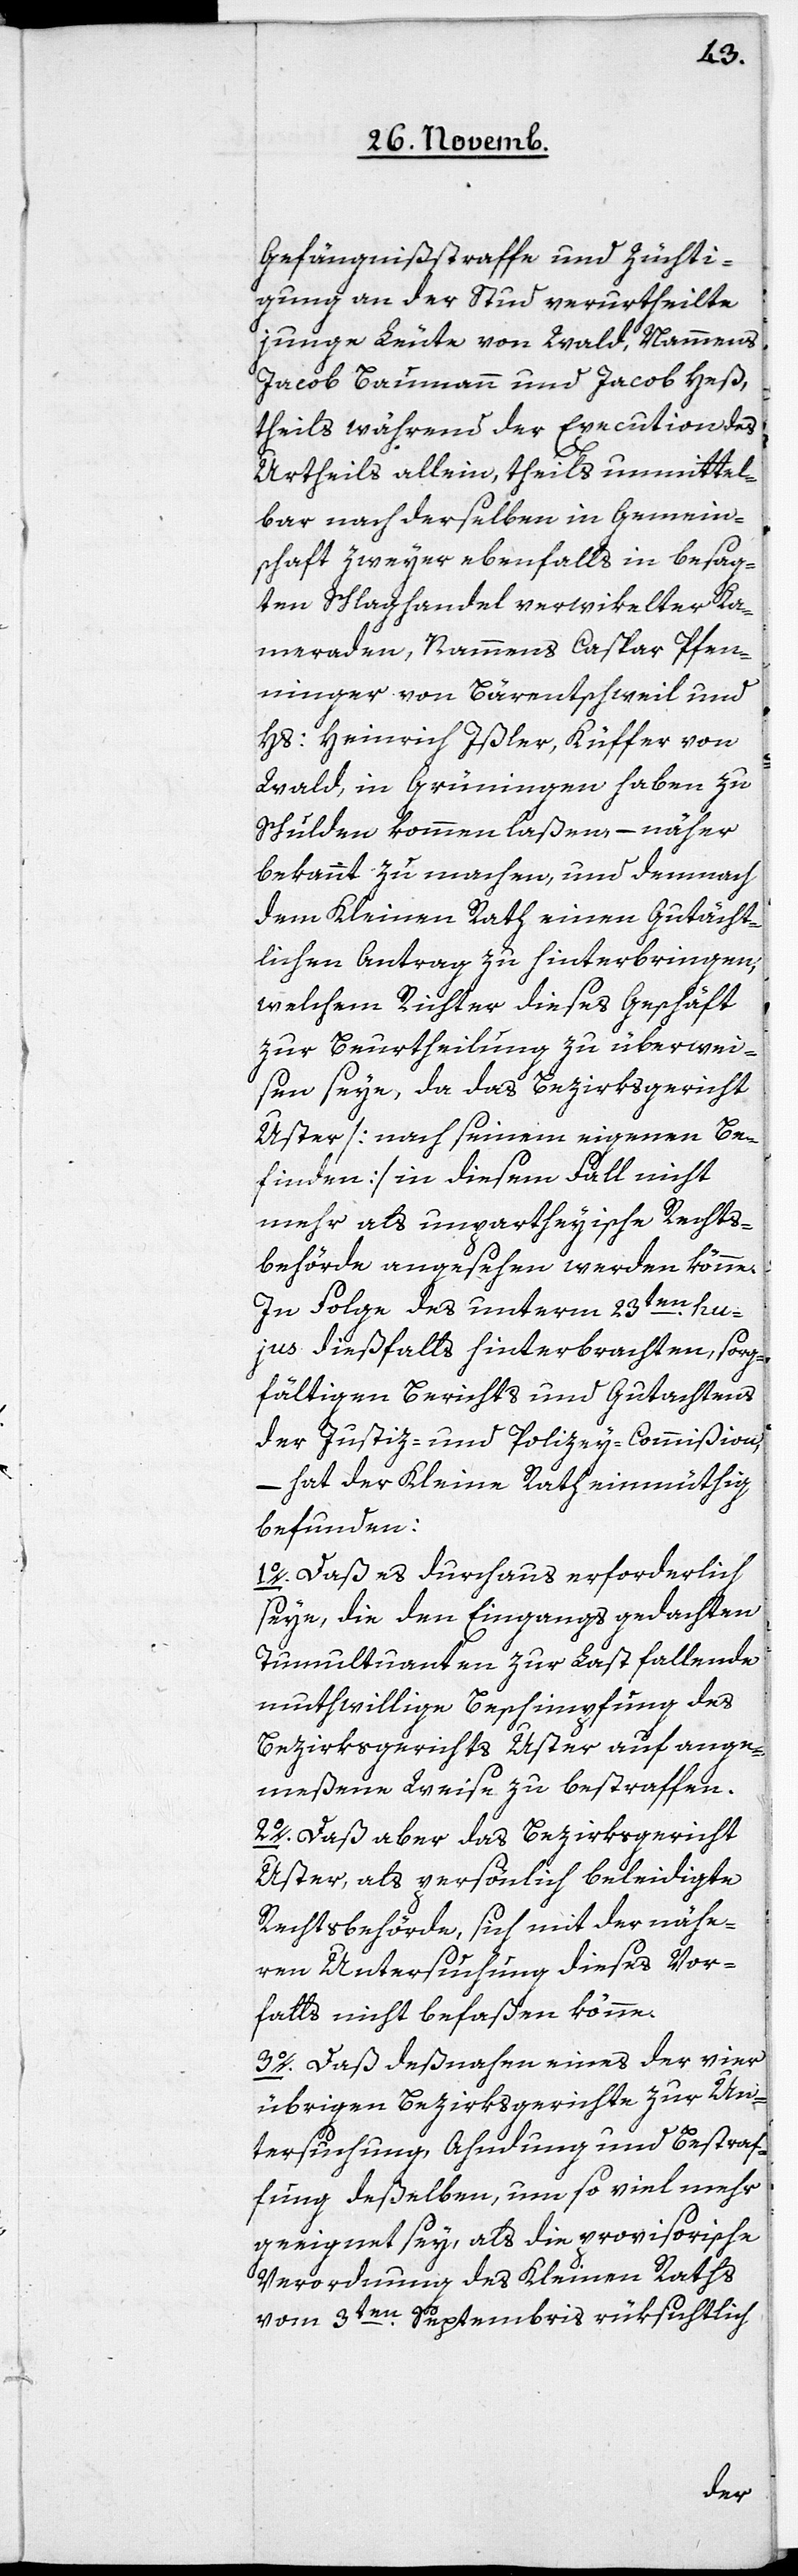
Gefängnißstrafe und Züchti¬
gung an der Stud verurtheilte
junge Leute von Wald, Namens
Jacob Baumann und Jacob Heß,
theils während der Execution des
Urtheils allein, theils unmittel¬
bar nach derselben in Gemein¬
schaft zweyer ebenfalls in besag¬
ten Schlaghandel verwikelter Ka¬
meraden, Namens Caspar Pfen¬
ninger von Bärentschweil und
Hs: Heinrich Ißler, Küffer von
Wald, in Grüningen haben zu
Schulden kommen laßen, – näher
bekannt zu machen, und demnach
dem Kleinen Rath einen Gutächt¬
lichen Antrag zu hinterbringen,
welchem Richter dieses Geschäft
zur Beurtheilung zu überwei¬
sen seye, da das Bezirksgericht
Uster [nach seinem eigenen Be¬
finden] in diesem Fall nicht
mehr als unpartheyische Rechts¬
behörde angesehen werden könne.
In Folge des unterm 23ten. hu¬
jus dießfalls hinterbrachten, sorg¬
fältigen Berichts und Gutachtens
der Justiz- und Polizey-Commißion,
– hat der Kleine Rath einmüthig
befunden:
1. Daß es durchaus erforderlich
seye, die den Eingangs gedachten
Tumultuanten zur Last fallende
muthwillige Beschimpfung des
Bezirksgerichts Uster auf ange¬
meßene Weise zu bestraffen.
2. Daß aber das Bezirksgericht
Uster, als persönlich beleidigte
Rechtsbehörde, sich mit der nähe¬
ren Untersuchung dieses Vor¬
falls nicht befaßen könne.
3. Daß deßnahen eines der vier
übrigen Bezirksgerichte zur Un¬
tersuchung, Ahndung und Bestraf¬
ung deßelben, um so viel mehr
geeignet sey, als die provisorische
Verordnung des Kleinen Raths
vom 3ten. Septembris rüksichtlich